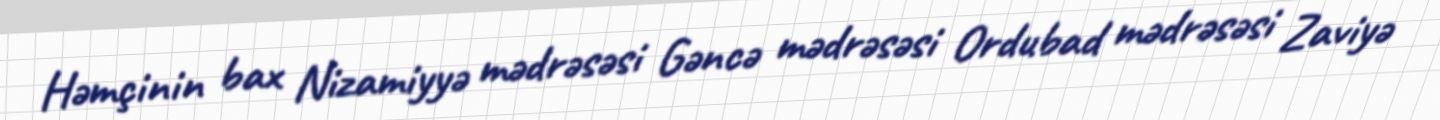
Həmçinin bax Nizamiyyə mədrəsəsi Gəncə mədrəsəsi Ordubad mədrəsəsi Zaviyə